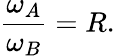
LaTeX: {\frac{\omega_{A}}{\omega_{B}}}=R.